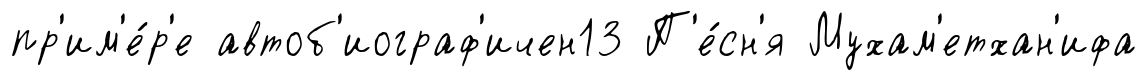
пр'им'е́р'е автоб'иограф'ичен13 П'е́сн'я Мухам'етхан'ифа